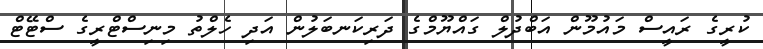
ކުރީގެ ރައީސް މައުމޫން އަބްދުލް ގައްޔޫމްގެ ދަރިކަނބަލުން އަދި ހެލްތު މިނިސްޓްރީގެ ސްޓޭޓް